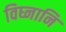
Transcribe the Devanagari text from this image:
विघ्नानि